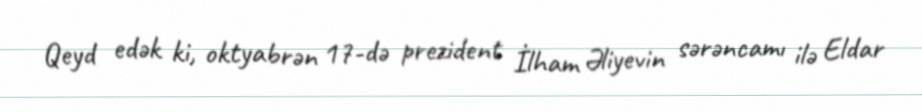
Qeyd edək ki, oktyabrən 17-də prezident İlham Əliyevin sərəncamı ilə Eldar